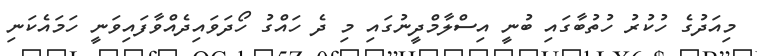
މިއަދުގެ ހުކުރު ހުތުބާގައި ބުނީ އިސްލާމްދީނުގައި މި ދެ ހައްގު ހޯދަވައިދެއްވާފައިވަނީ ހަމައެކަނި